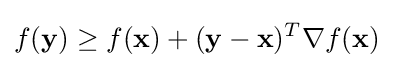
f(\mathbf {y} )\geq f(\mathbf {x} )+(\mathbf {y} -\mathbf {x} )^{T}\nabla f(\mathbf {x} )